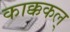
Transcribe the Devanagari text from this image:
काक्ककल्